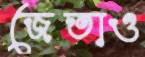
জেতাও